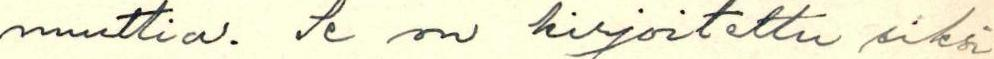
nuuttia. Se on kirjoitettu siksi